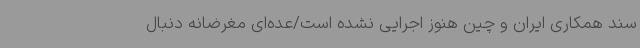
سند همکاری ایران و چین هنوز اجرایی نشده است/عده‌ای مغرضانه دنبال